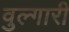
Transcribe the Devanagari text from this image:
वुल्गारी